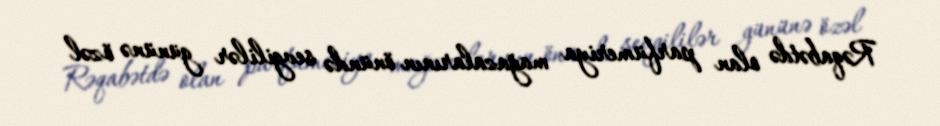
Rəqabətdə olan parfümeriya mağazalarının önündə sevgililər gününə özəl